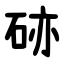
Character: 硛